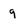
Character: q